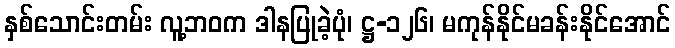
နှစ်သောင်းတမ်း လူ့ဘဝက ဒါနပြုခဲ့ပုံ၊ ဋ္ဌ-၁၂၆၊ မကုန်နိုင်မခန်းနိုင်အောင်